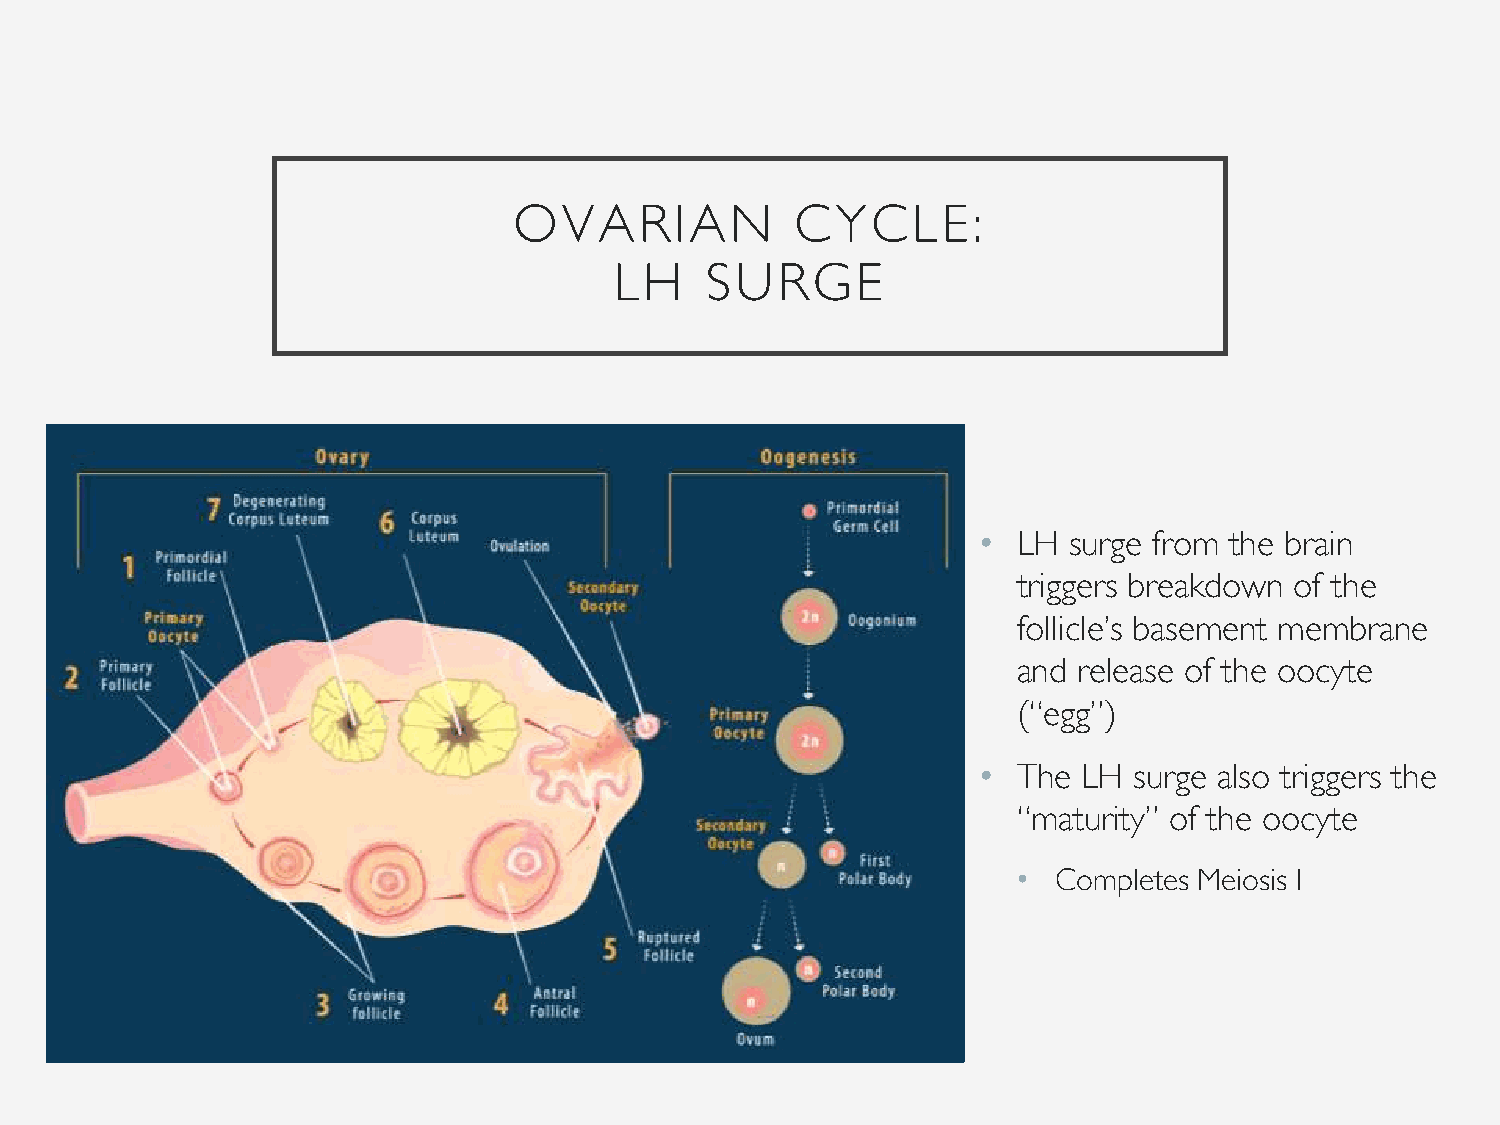
OVARIAN            CYCLE:
 LH    SURGE
 • LH  surge from the brain
 triggers breakdown of the
 follicle’s basement membrane
 and release of the oocyte
 (“egg”)
 • The  LH surge also triggers the
 “maturity” of the oocyte
 •  Completes Meiosis I